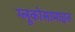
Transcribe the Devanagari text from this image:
ग्लूकोसामाइन